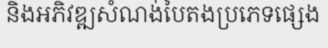
និងអភិវឌ្ឍសំណង់បៃតងប្រភេទផ្សេង